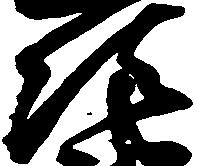
次